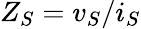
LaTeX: Z_{S}=v_{S}/i_{S}